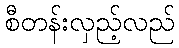
စီတန်းလှည့်လည်